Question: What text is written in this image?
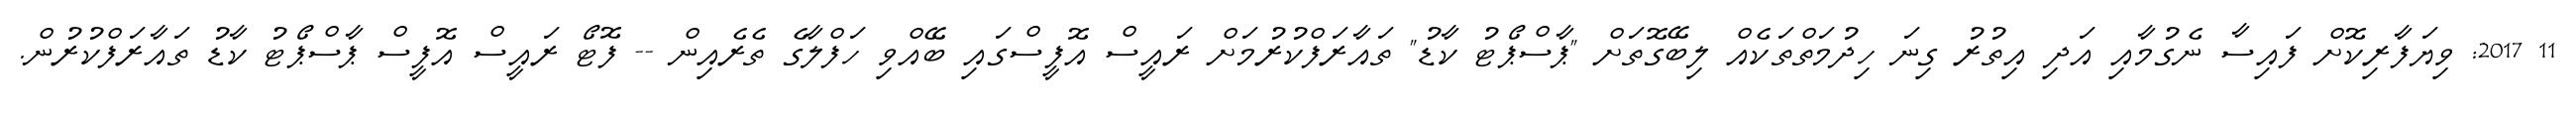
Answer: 11 2017: ވިޔަފާރިކޮށް ފައިސާ ނެގުމާއި އަދި އިތުރު ގިނަ ހިދުމަތްތަކެއް ލިބޭގޮތަށް "ޕާސްޕޯޓު ކާޑު" ތައާރަފްކުރުމަށް ރައީސް އޮފީސްގައި ބޭއްވި ހަފްލާގެ ތެރެއިން -- ފޮޓޯ ރައީސް އޮފީސް ޕާސްޕޯޓު ކާޑު ތައާރަފްކުރުން.